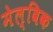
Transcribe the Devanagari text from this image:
मेल्विक